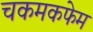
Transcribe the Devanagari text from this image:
चकमकफेम